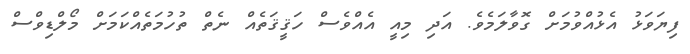
ފިޔަވަޅު އެޅުއްވުމަށް ގޮވާލަމެވެ. އަދި މިއީ އެއްވެސް ހަޤީޤަތެއް ނެތް ތުހުމަތެއްކަމަށް މޯލްޑިވްސް